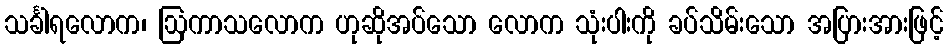
သင်္ခါရလောက၊ ဩကာသလောက ဟုဆိုအပ်သော လောက သုံးပါးကို ခပ်သိမ်းသော အပြားအားဖြင့်